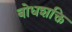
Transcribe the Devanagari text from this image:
बोधशक्ति